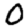
Digit: 0